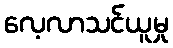
လေ့လာသင်ယူမှု